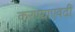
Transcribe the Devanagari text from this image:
करण्याएवढी